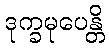
ဒုက္ခမုပေန္တိ